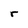
Character: r